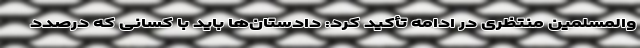
والمسلمین منتظری در ادامه تأکید کرد: دادستان‌ها باید با کسانی که درصدد